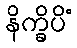
နိက္ခိပိံ